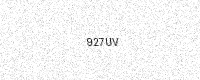
Text: 927UV